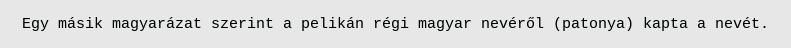
Egy másik magyarázat szerint a pelikán régi magyar nevéről (patonya) kapta a nevét.